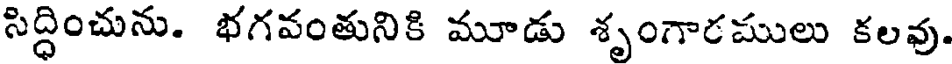
సిద్ధించును. భగవంతునికి మూడు శృంగారములు కలవు.